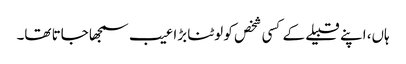
ہاں، اپنے قبیلے کے کسی شخص کو لوٹنا بڑا عیب سمجھا جاتا تھا۔